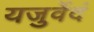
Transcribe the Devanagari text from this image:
यजुर्वेदं